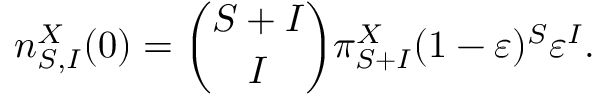
n _ { S , I } ^ { X } ( 0 ) = \binom { S + I } { I } \pi _ { S + I } ^ { X } ( 1 - \varepsilon ) ^ { S } \varepsilon ^ { I } .